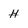
Character: h